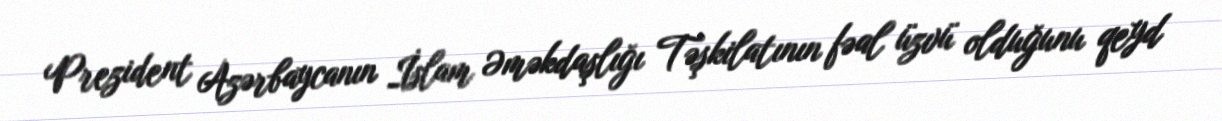
Prezident Azərbaycanın İslam Əməkdaşlığı Təşkilatının fəal üzvü olduğunu qeyd